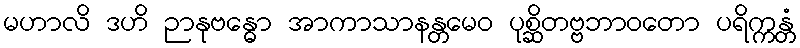
မဟာလိ ဒဟိ ဉာနုဗန္ဓော အာကာသာနန္တမေဝ ပုစ္ဆိတဗ္ဗဘာဝတော ပရိက္ကန္တံ